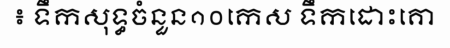
៖ ទឹកសុទ្ធចំនួន១០កេស ទឹកដោះគោ